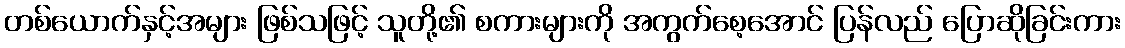
တစ်ယောက်နှင့်အများ ဖြစ်သဖြင့် သူတို့၏ စကားများကို အကွက်စေ့အောင် ပြန်လည် ပြောဆိုခြင်းကား